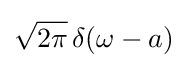
{\sqrt {2\pi }}\,\delta (\omega -a)